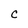
Character: C